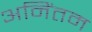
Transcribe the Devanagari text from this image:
अनिंतम